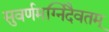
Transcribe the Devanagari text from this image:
सुवर्णमग्निदैवतम्